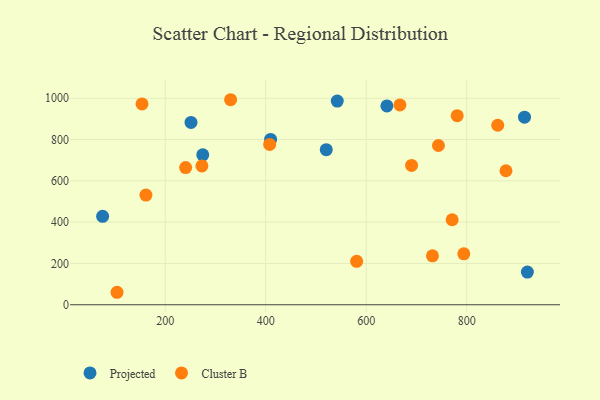
{"axis": {"x": "Investment", "y": "Fuel Efficiency"}, "legend": ["Cluster B", "Projected"], "data": [{"x": "641.2", "y": 963.2, "type": "Projected"}, {"x": "915.1", "y": 908.4, "type": "Projected"}, {"x": "542.4", "y": 986.3, "type": "Projected"}, {"x": "920.8", "y": 158.4, "type": "Projected"}, {"x": "251.3", "y": 883.1, "type": "Projected"}, {"x": "75.4", "y": 428.4, "type": "Projected"}, {"x": "409.7", "y": 800.9, "type": "Projected"}, {"x": "274.7", "y": 726.2, "type": "Projected"}, {"x": "520.5", "y": 751.3, "type": "Projected"}, {"x": "731.9", "y": 236.9, "type": "Cluster B"}, {"x": "330.1", "y": 993.0, "type": "Cluster B"}, {"x": "273.0", "y": 672.5, "type": "Cluster B"}, {"x": "861.8", "y": 869.3, "type": "Cluster B"}, {"x": "240.6", "y": 664.3, "type": "Cluster B"}, {"x": "878.2", "y": 649.0, "type": "Cluster B"}, {"x": "667.1", "y": 967.6, "type": "Cluster B"}, {"x": "161.6", "y": 531.1, "type": "Cluster B"}, {"x": "771.1", "y": 411.6, "type": "Cluster B"}, {"x": "407.9", "y": 776.7, "type": "Cluster B"}, {"x": "743.8", "y": 771.2, "type": "Cluster B"}, {"x": "104.1", "y": 60.4, "type": "Cluster B"}, {"x": "794.3", "y": 246.7, "type": "Cluster B"}, {"x": "153.8", "y": 972.7, "type": "Cluster B"}, {"x": "781.1", "y": 915.9, "type": "Cluster B"}, {"x": "690.3", "y": 674.6, "type": "Cluster B"}, {"x": "581.0", "y": 210.5, "type": "Cluster B"}]}